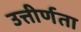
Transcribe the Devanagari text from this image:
उत्तीर्णता